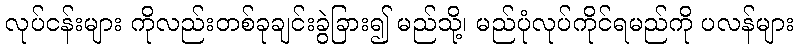
လုပ်ငန်းများ ကိုလည်းတစ်ခုချင်းခွဲခြား၍ မည်သို့၊ မည်ပုံလုပ်ကိုင်ရမည်ကို ပလန်များ